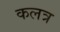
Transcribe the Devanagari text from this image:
कलत्र